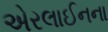
એરલાઈનના